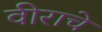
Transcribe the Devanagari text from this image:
वीराचे